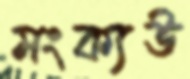
মংক্যউ